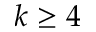
k \geq 4